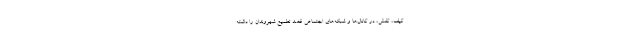
کیف، کفش، در کانال‌ها و شبکه‌های اجتماعی قصد تطمیع شهروندان را داشته